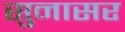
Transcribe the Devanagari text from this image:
सुनासर